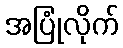
အပြုံလိုက်